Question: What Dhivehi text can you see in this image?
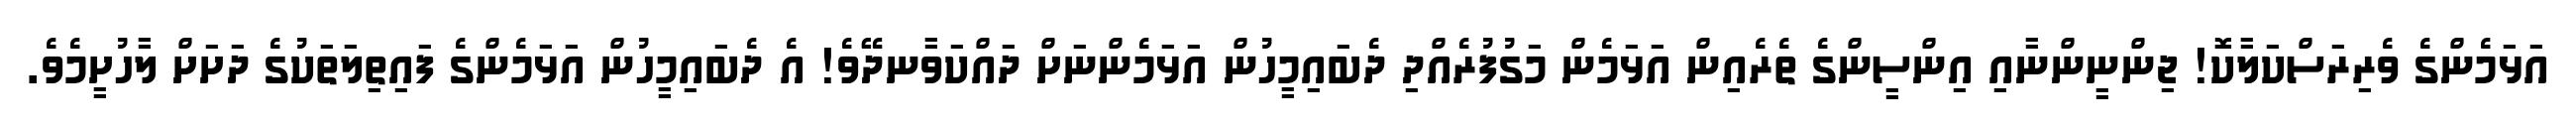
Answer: އަޅަމެންގެ ވެރިރަސްކަލާކޮ! ޖިންނީންނާއި އިންސީންގެ ތެރެއިން އަޅަމެން މަގުފުރެއްދި ދެބައިމީހުން އަޅަމެންނަށް ދައްކަވާނދޭވެ! އެ ދެބައިމީހުން އަޅަމެންގެ ފައިތިލަތަކުގެ ދަށަށް ލާހުށީމެވެ.